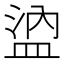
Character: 𰜖